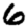
Digit: 6